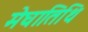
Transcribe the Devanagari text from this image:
मेघातिथि